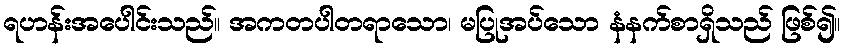
ရဟန်းအပေါင်းသည်။ အကတပါတရာသော၊ မပြုအပ်သော နံနက်စာရှိသည် ဖြစ်၍။